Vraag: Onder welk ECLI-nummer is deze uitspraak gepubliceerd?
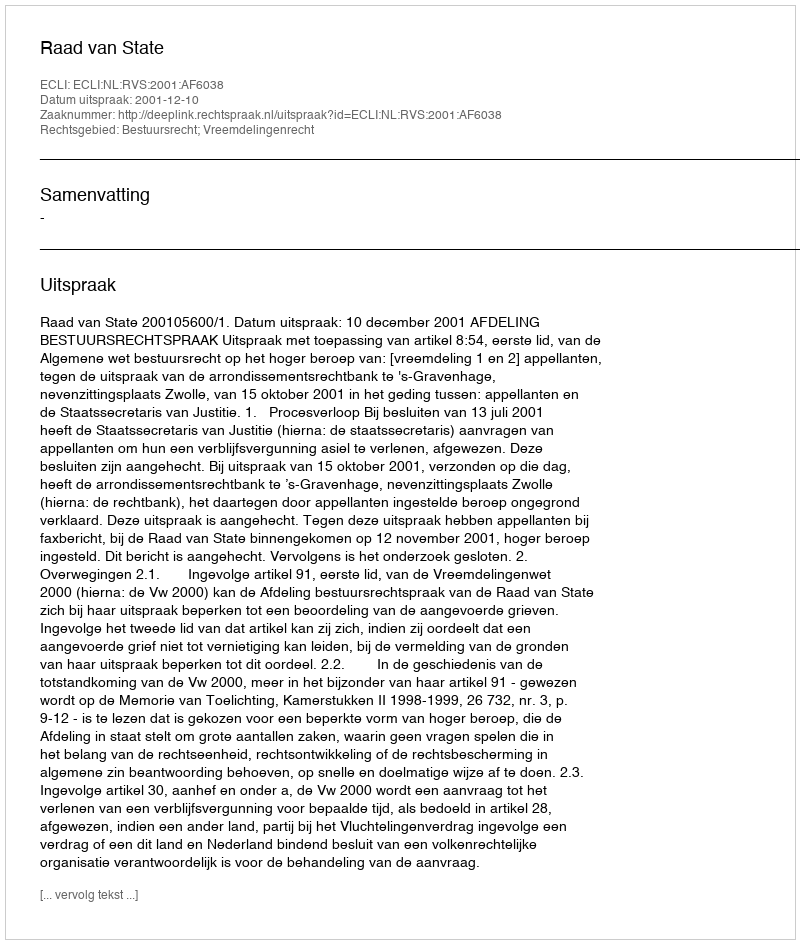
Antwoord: ECLI:NL:RVS:2001:AF6038